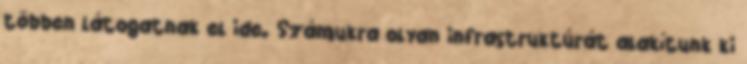
többen látogatnak el ide. Számukra olyan infrastruktúrát alakítunk ki